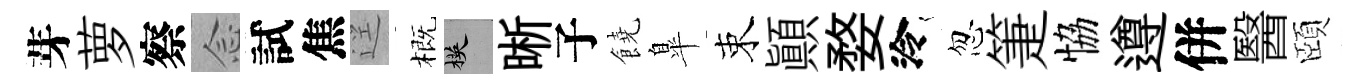
芽萝察𫝹試焦逕概楧晰子饒臯束顚婺泠忽箑恊遵併醫頤